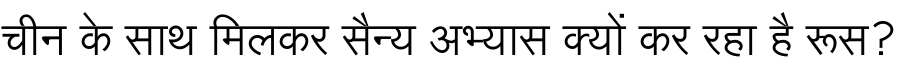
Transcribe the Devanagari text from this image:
चीन के साथ मिलकर सैन्य अभ्यास क्यों कर रहा है रूस?